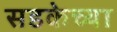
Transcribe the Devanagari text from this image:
सडकेच्या